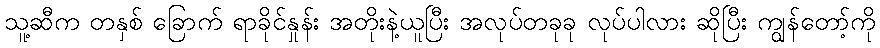
သူ့ဆီက တနှစ် ခြောက် ရာခိုင်နှုန်း အတိုးနဲ့ယူပြီး အလုပ်တခုခု လုပ်ပါလား ဆိုပြီး ကျွန်တော့်ကို